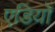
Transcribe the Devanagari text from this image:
एडियों